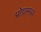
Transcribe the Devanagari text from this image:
प्रोग्राम्मस